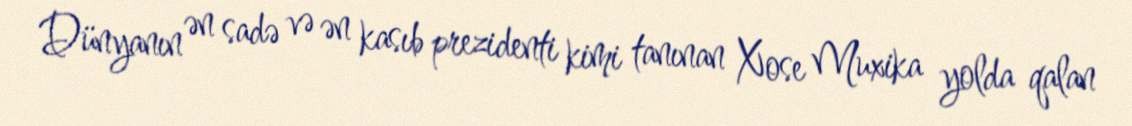
Dünyanın ən sadə və ən kasıb prezidenti kimi tanınan Xose Muxika yolda qalan